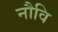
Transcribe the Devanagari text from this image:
नौवि